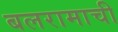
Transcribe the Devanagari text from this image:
बलरामाची